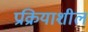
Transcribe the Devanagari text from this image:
प्रक्रियाशील